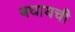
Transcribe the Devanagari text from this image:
बघायची